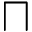
\sqcap